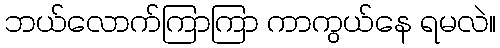
ဘယ်လောက်ကြာကြာ ကာကွယ်နေ ရမလဲ။